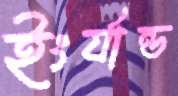
ইংর্যান্ড